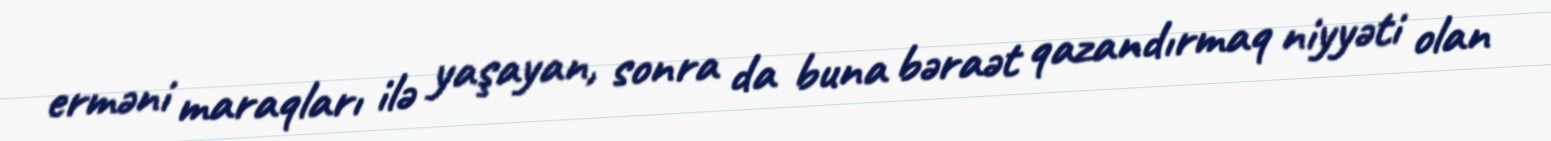
erməni maraqları ilə yaşayan, sonra da buna bəraət qazandırmaq niyyəti olan